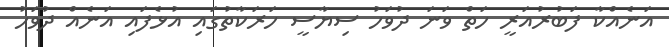
އަނެއްކާ ފަބުރުއަރީ ހަތް ވަނަ ދުވަހު ސިޔާސީ ހަރަކާތުގައި އުޅެފައި އަނެއް ދުވަހު